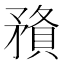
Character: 𥎉